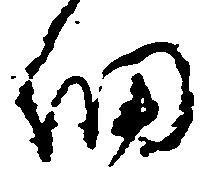
細